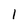
Character: 1